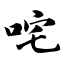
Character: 咤